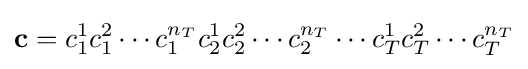
\mathbf {c} =c_{1}^{1}c_{1}^{2}\cdots c_{1}^{n_{T}}c_{2}^{1}c_{2}^{2}\cdots c_{2}^{n_{T}}\cdots c_{T}^{1}c_{T}^{2}\cdots c_{T}^{n_{T}}